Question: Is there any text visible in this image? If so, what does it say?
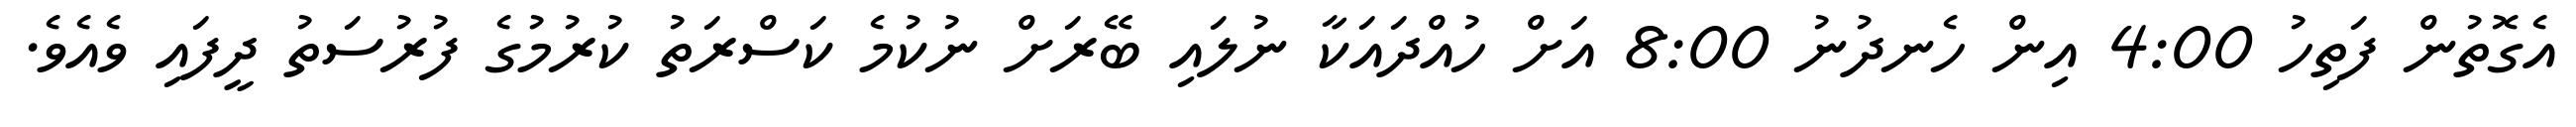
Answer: އެގޮތުން ފަތިހު 4:00 އިން ހެނދުނު 8:00 އަށް ހުއްދައަކާ ނުލައި ބޭރަށް ނުކުމެ ކަސްރަތު ކުރުމުގެ ފުރުސަތު ދީފައި ވެއެވެ.